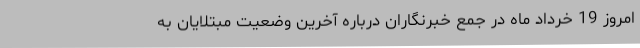
امروز 19 خرداد ماه در جمع خبرنگاران درباره آخرین وضعیت مبتلایان به